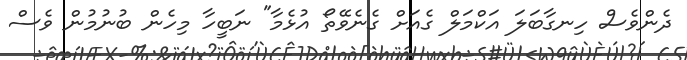
ދެންވެސް ހިނގާބަލަ އަކްމަލް ގެއަށް ގެނެވޭތޯ އުޅެމާ" ނަބީހާ މިހެން ބުނުމުން ވެސް